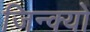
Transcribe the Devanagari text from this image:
जिन्क्यो